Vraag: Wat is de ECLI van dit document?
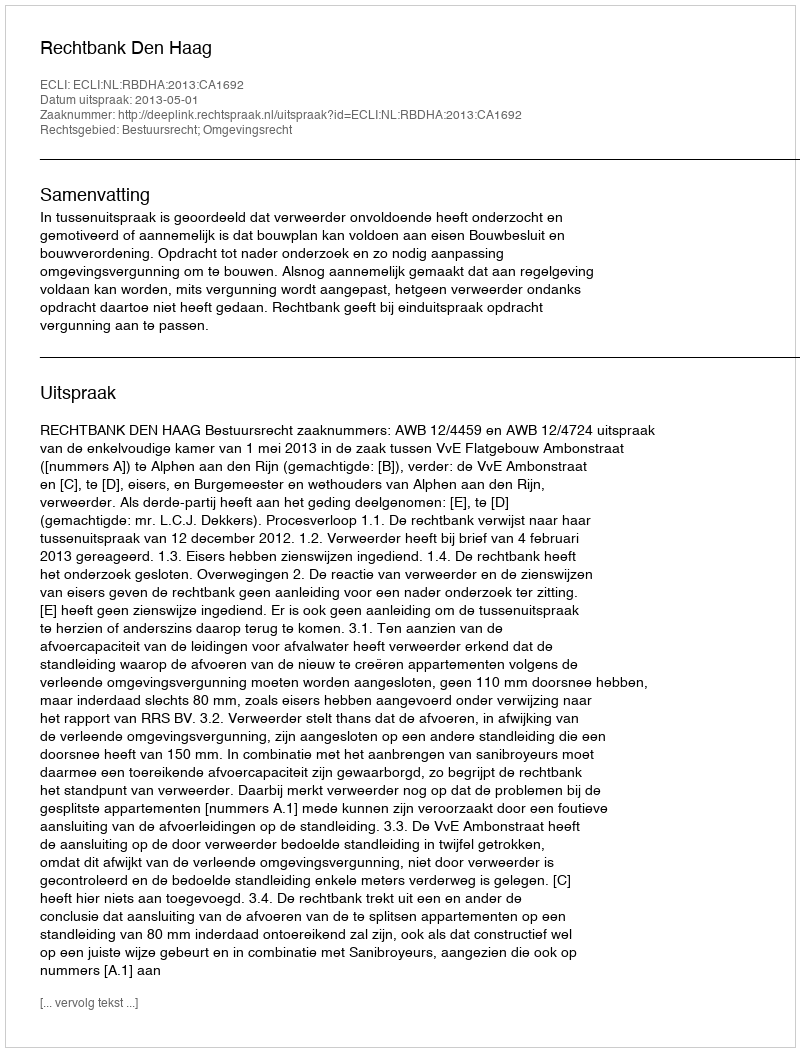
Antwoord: ECLI:NL:RBDHA:2013:CA1692